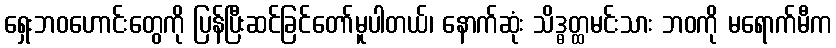
ရှေးဘဝဟောင်းတွေကို ပြန်ပြီးဆင်ခြင်တော်မူပါတယ်၊ နောက်ဆုံး သိဒ္ဓတ္ထမင်းသား ဘဝကို မရောက်မီက